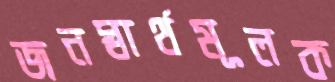
জনস্বার্থমূলক